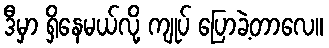
ဒီမှာ ရှိနေမယ်လို့ ကျုပ် ပြောခဲ့တာလေ။